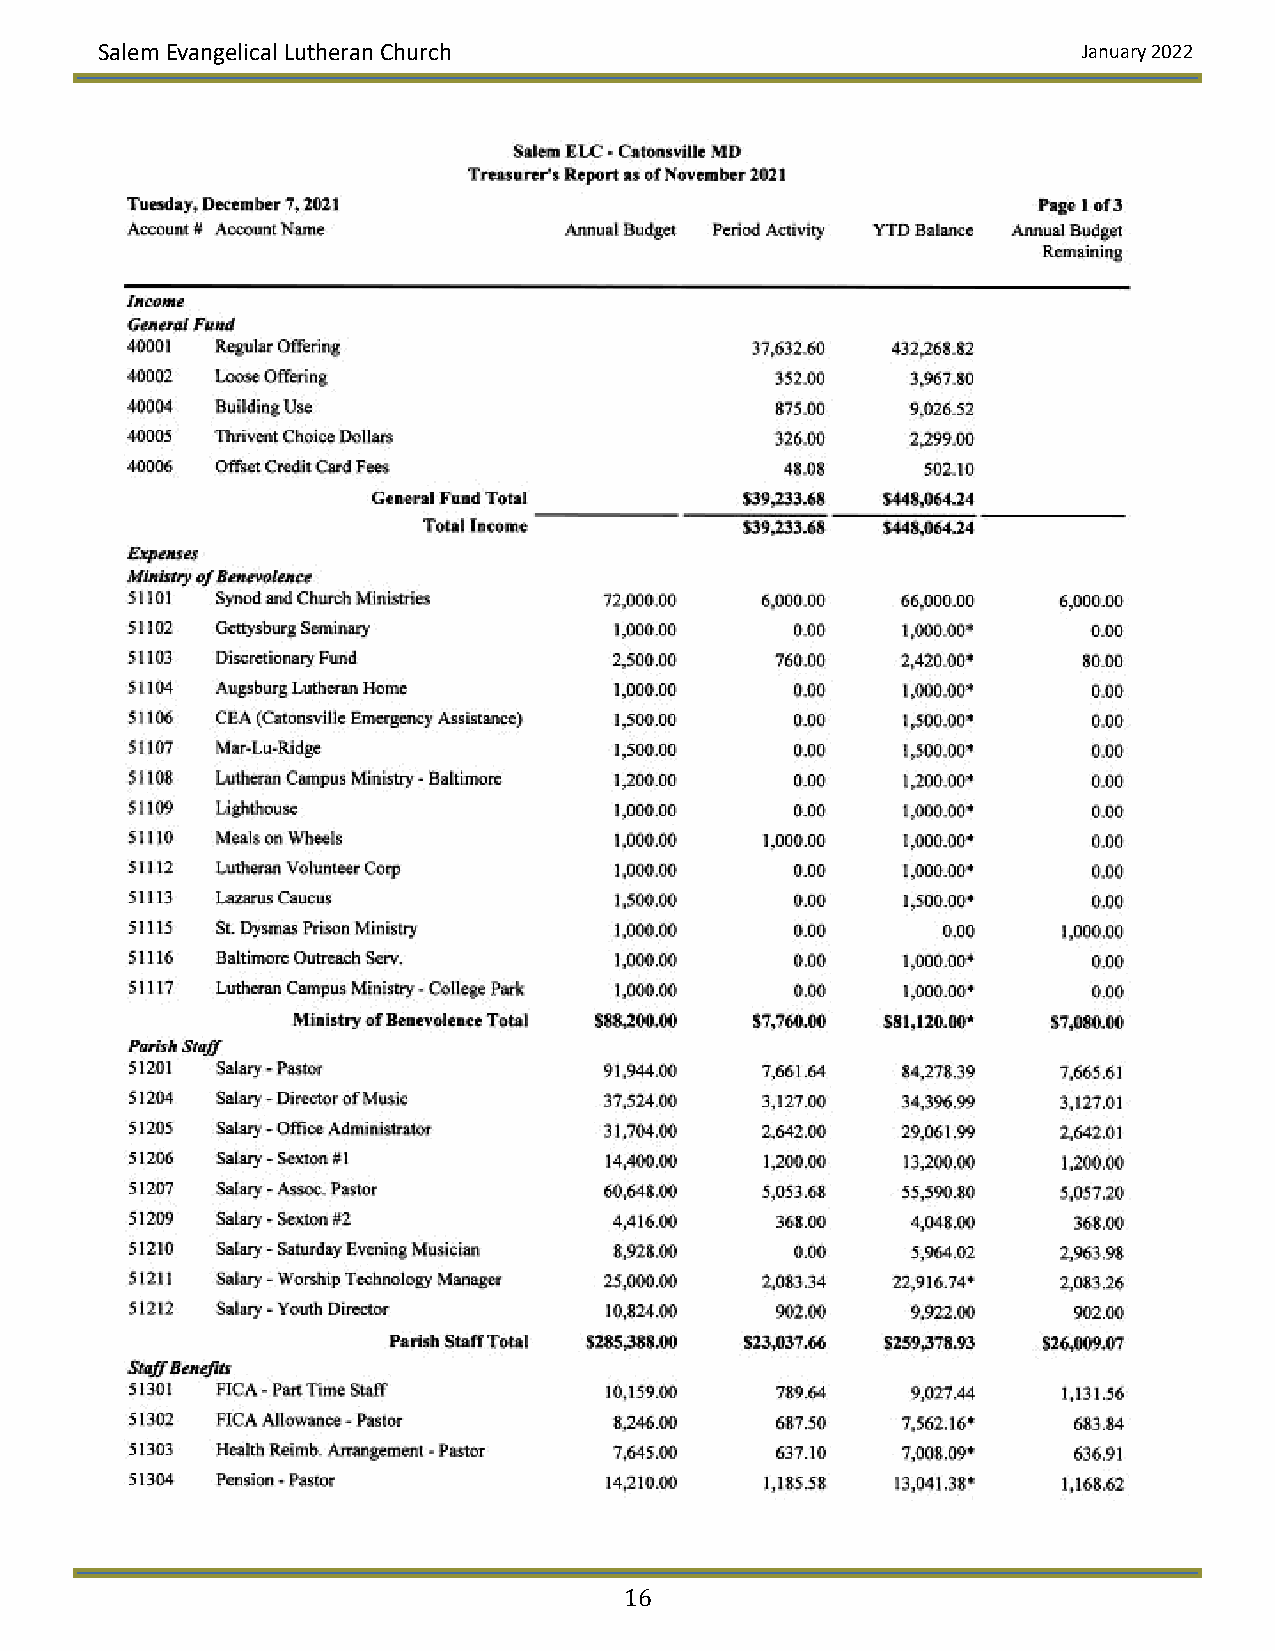
Salem Evangelical Lutheran Church                                January 2022
 16